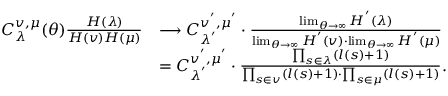
\begin{array} { r l } { C _ { \lambda } ^ { v , \mu } ( \theta ) \frac { H ( \lambda ) } { H ( v ) H ( \mu ) } } & { \longrightarrow C _ { \lambda ^ { ' } } ^ { v ^ { ' } , \mu ^ { ' } } \cdot \frac { \operatorname* { l i m } _ { \theta \rightarrow \infty } H ^ { ' } ( \lambda ) } { \operatorname* { l i m } _ { \theta \rightarrow \infty } H ^ { ' } ( v ) \cdot \operatorname* { l i m } _ { \theta \rightarrow \infty } H ^ { ' } ( \mu ) } } \\ & { = C _ { \lambda ^ { ' } } ^ { v ^ { ' } , \mu ^ { ' } } \cdot \frac { \prod _ { s \in \lambda } ( l ( s ) + 1 ) } { \prod _ { s \in v } ( l ( s ) + 1 ) \cdot \prod _ { s \in \mu } ( l ( s ) + 1 ) } . } \end{array}